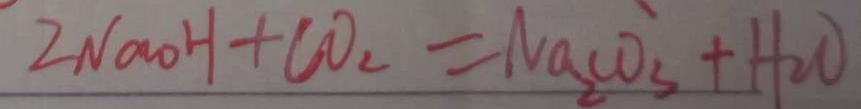
2 N a O H + C O _ { 2 } = N a _ { 2 } C O _ { 3 } + H _ { 2 } O